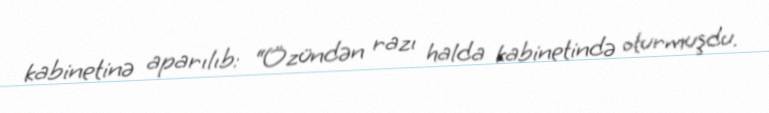
kabinetinə aparılıb: “Özündən razı halda kabinetində oturmuşdu.